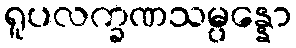
ရူပလက္ခဏသမ္ပန္နော